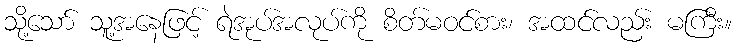
သို့သော် သူ့အနေဖြင့် ရဲအုပ်အလုပ်ကို စိတ်မဝင်စား၊ အထင်လည်း မကြီး။